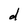
Character: d